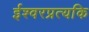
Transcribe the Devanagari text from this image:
ईश्वरप्रत्यकि